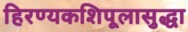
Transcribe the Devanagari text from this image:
हिरण्यकशिपूलासुद्धा